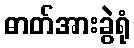
ဓာတ်အားခွဲရုံ